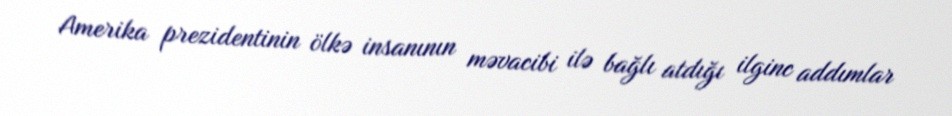
Amerika prezidentinin ölkə insanının məvacibi ilə bağlı atdığı ilginc addımlar